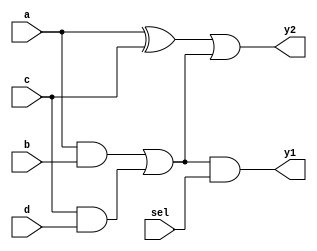
module combinational_logic (
    input wire a,
    input wire b,
    input wire c,
    input wire d,
    input wire sel,
    output wire y1,
    output wire y2
);

// Intermediate signals for common sub-expressions
wire common_expr1;
wire common_expr2;

// Common Sub-expression Elimination
assign common_expr1 = (a & b) | (c & d); // Reused in both outputs
assign common_expr2 = a ^ c;             // Example of another common expression

// Output Logic
assign y1 = common_expr1 & sel;           // Output based on common sub-expression
assign y2 = common_expr2 | common_expr1;  // Another output using both common sub-expressions

endmodule